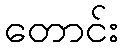
တောင်း